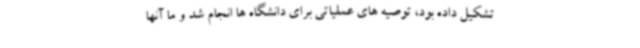
تشکیل داده بود، توصیه های عملیاتی برای دانشگاه ها انجام شد و ما آنها